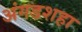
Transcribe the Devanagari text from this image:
अंगडशहा